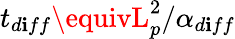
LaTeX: t_{d\mathbf{i}ff}\equivL_{p}^{2}/\alpha_{d\mathbf{i}ff}